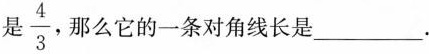
是\frac{4}{3}，那么它的一条对角线长是___.